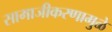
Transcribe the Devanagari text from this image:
सामाजीकरणामुळे